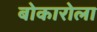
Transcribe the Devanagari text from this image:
बोकारोला